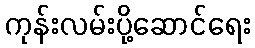
ကုန်းလမ်းပို့ဆောင်ရေး